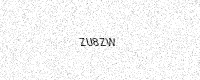
Text: ZU8ZW